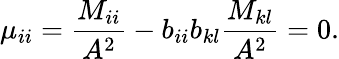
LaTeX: \mu_{ii}=\frac{M_{ii}}{A^{2}}-b_{ii}b_{kl}\frac{M_{kl}}{A^{2}}=0.